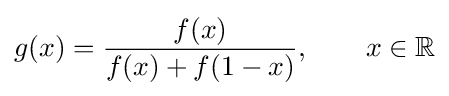
g(x)={\frac {f(x)}{f(x)+f(1-x)}},\qquad x\in \mathbb {R}